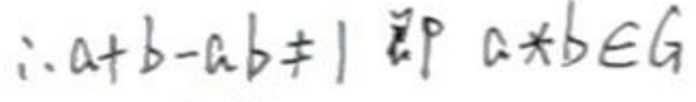
\(\therefore a + b - a b + 1 \)即\( a * b \in G\)